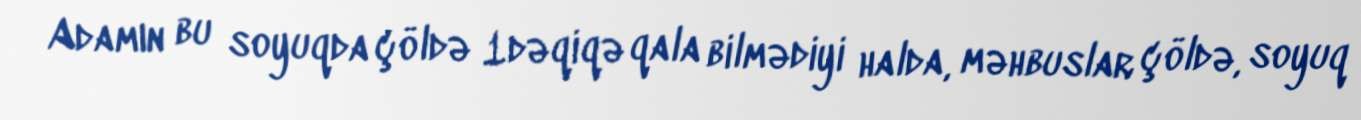
Adamın bu soyuqda çöldə 1dəqiqə qala bilmədiyi halda, məhbuslar çöldə, soyuq